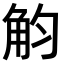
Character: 𧣏